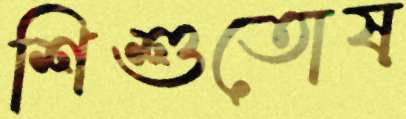
শিশুতোষ